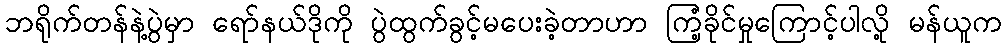
ဘရိုက်တန်နဲ့ပွဲမှာ ရော်နယ်ဒိုကို ပွဲထွက်ခွင့်မပေးခဲ့တာဟာ ကြံ့ခိုင်မှုကြောင့်ပါလို့ မန်ယူက